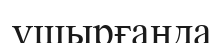
ұшырғанда